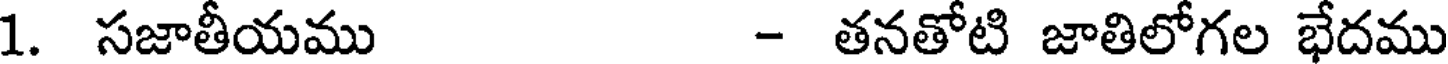
1. సజాతీయము - తనతోటి జాతిలోగల భేదము